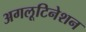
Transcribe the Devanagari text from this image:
अगलूटिनेशन